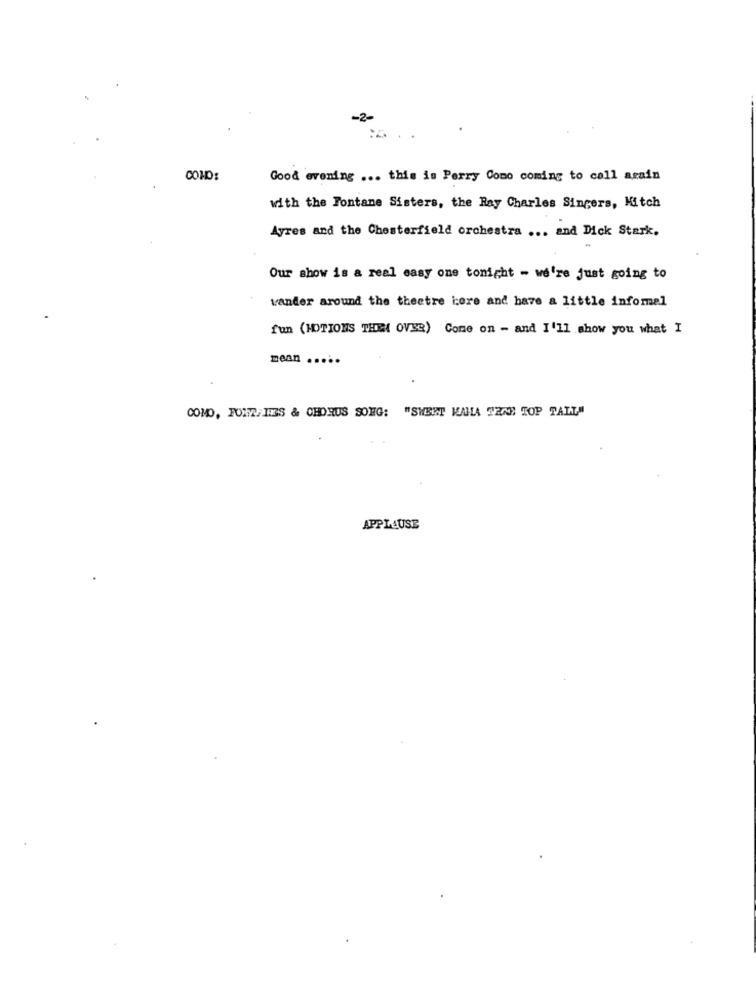
-2-
COMO:
Good evening ... this is Perry Como coming to call again
with the Fontane Sisters, the Ray Charles Singers, Mitch
Ayres and the Chesterfield orchestra ... and Dick Stark,
Our show is a real easy one tonight - we're just going to
wander around the theatre iore and have a little infomal
fun (MOTIONS THEN OVER) Come on - and I'll show you what I
mean
COMO, FONTAINES & CHORUS SONG: "SWEET KAHLA SENE TOP TALL"
APPLAUSE